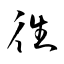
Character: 徃